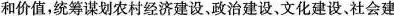
和价值，统筹谋划农村经济建设，政治建设，文化建设。社会建